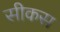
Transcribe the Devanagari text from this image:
सीकस